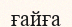
ғайға